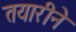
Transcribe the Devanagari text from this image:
तयारीने